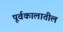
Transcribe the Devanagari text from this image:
पूर्वकालातील